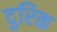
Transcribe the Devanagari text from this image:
दुरिक